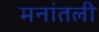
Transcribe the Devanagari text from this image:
मनांतली